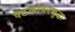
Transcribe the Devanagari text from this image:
षटकांवरसुद्धा